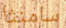
سامنثا